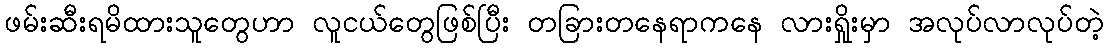
ဖမ်းဆီးရမိထားသူတွေဟာ လူငယ်တွေဖြစ်ပြီး တခြားတနေရာကနေ လားရှိုးမှာ အလုပ်လာလုပ်တဲ့